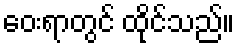
ဝေးရာတွင် ထိုင်သည်။